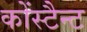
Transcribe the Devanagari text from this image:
कोंस्टैन्ट